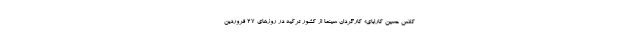
کلاس حسین کارابای» کارگردان سینما از کشور ترکیه در روزهای 27 فروردین